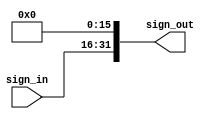
module shift_left_16(
    input wire [15:0] sign_in,
    output wire [31:0] sign_out 
);

    wire [31:0] aux = {16'b0, sign_in};

    assign sign_out = aux << 16;

endmodule